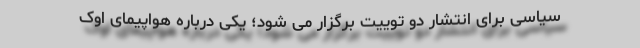
سیاسی برای انتشار دو توییت برگزار می شود؛ یکی درباره هواپیمای اوک